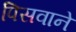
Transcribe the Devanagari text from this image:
पिसवाने